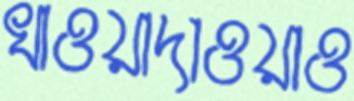
খাওয়াদাওয়াও